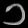
Digit: ၁